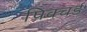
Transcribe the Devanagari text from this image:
पिक्चर्ड